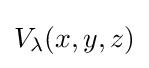
V_{\lambda }(x,y,z)